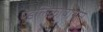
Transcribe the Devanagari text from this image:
पुंडलिकापासून